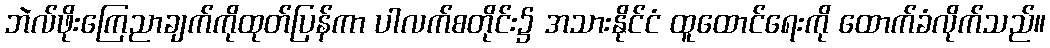
ဘဲလ်ဖိုးကြေညာချက်ကိုထုတ်ပြန်ကာ ပါလက်စတိုင်း၌ အသားနိုင်ငံ ထူထောင်ရေးကို ထောက်ခံလိုက်သည်။